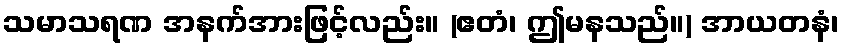
သမာသရဏ အနက်အားဖြင့်လည်း။ (ဧတံ၊ ဤမနသည်။) အာယတနံ၊